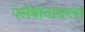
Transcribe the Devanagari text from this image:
फ्लेबोवायरस